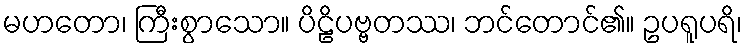
မဟတော၊ ကြီးစွာသော။ ပိဠိပဗ္ဗတဿ၊ ဘင်တောင်၏။ ဥပရူပရိ၊